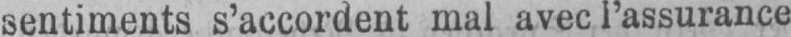
sentiments s’accordent mal avec l’assurance